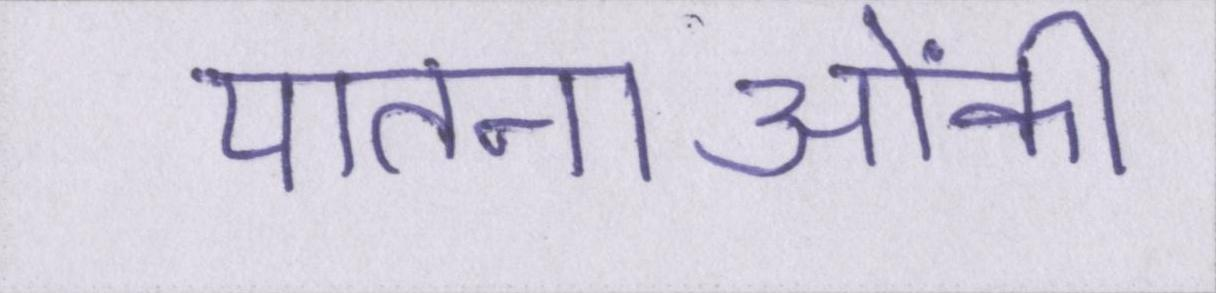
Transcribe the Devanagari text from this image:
यातनाओंकी